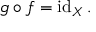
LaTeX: g \circ f = \operatorname { i d } _ { X } .